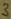
Text: 3